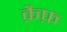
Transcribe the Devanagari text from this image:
क़ैफ़